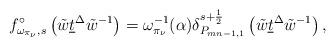
LaTeX: \begin{align*}f_{\omega_{\pi_\nu},s}^\circ \left(\tilde{w}\underline{t}^\Delta\tilde{w}^{-1}\right)=\omega^{-1}_{\pi_{\nu}}(\alpha)\delta_{P_{mn-1,1}}^{s+\frac{1}{2}}\left(\tilde{w}\underline{t}^\Delta\tilde{w}^{-1}\right),\end{align*}